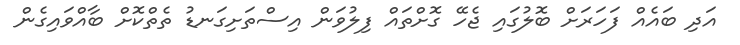
އަދި ބައެއް ފަހަރަށް ބޮލުގައި ޖެހޭ ގޮށްތައް ފިލުވަން އިސްތަށިގަނޑު ތެތްކޮށް ބާއްވައިގެން